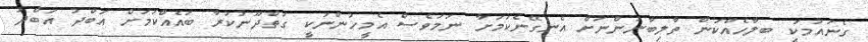
ގެނައުމަކީ ބލާހެއްކަން ތާލިބާނުންނަށް އެނގޭނެކަމަށާ ނަމަވެސް އެމީހުންނަކީ ގަތްދޫނުކުރާ ބައެއްކަމަށް އަބްދު އަބްދު